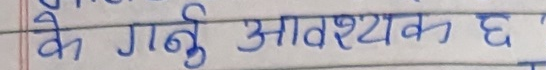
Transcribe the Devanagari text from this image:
के गर्नु आवश्यक छ ?